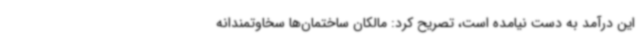
این درآمد به دست نیامده است، تصریح کرد: مالکان ساختمان‌ها سخاوتمندانه